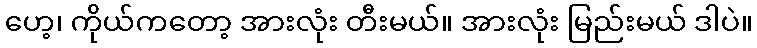
ဟေ့၊ ကိုယ်ကတော့ အားလုံး တီးမယ်။ အားလုံး မြည်းမယ် ဒါပဲ။